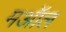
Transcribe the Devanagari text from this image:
मऑल